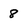
Character: 8